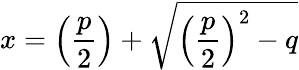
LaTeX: x=\left({\frac{p}{2}}\right)+{\sqrt{\left({\frac{p}{2}}\right)^{2}-q}}